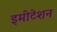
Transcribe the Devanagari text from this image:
इमीटेशन